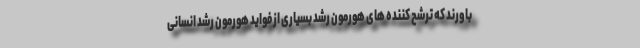
باورند که ترشح کننده های هورمون رشد بسیاری از فواید هورمون رشد انسانی